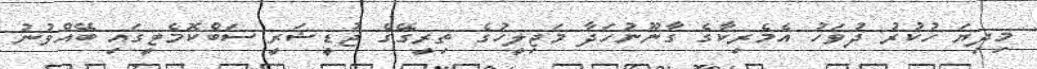
މިދިޔަ ހުކުރު ދުވަހު އެމެރިކާގެ ގާނޫނުހަދާ މަޖިލީހުގެ ތިރީގޭގެ ޖުޑީޝަރީ ސަބްކޮމެޓީގައި ބޭއްވުނު